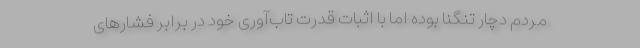
مردم دچار تنگنا بوده اما با اثبات قدرت تاب‌آوری خود در برابر فشارهای